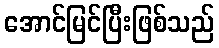
အောင်မြင်ပြီးဖြစ်သည်